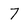
Character: 7